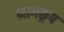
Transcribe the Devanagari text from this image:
नागकूप